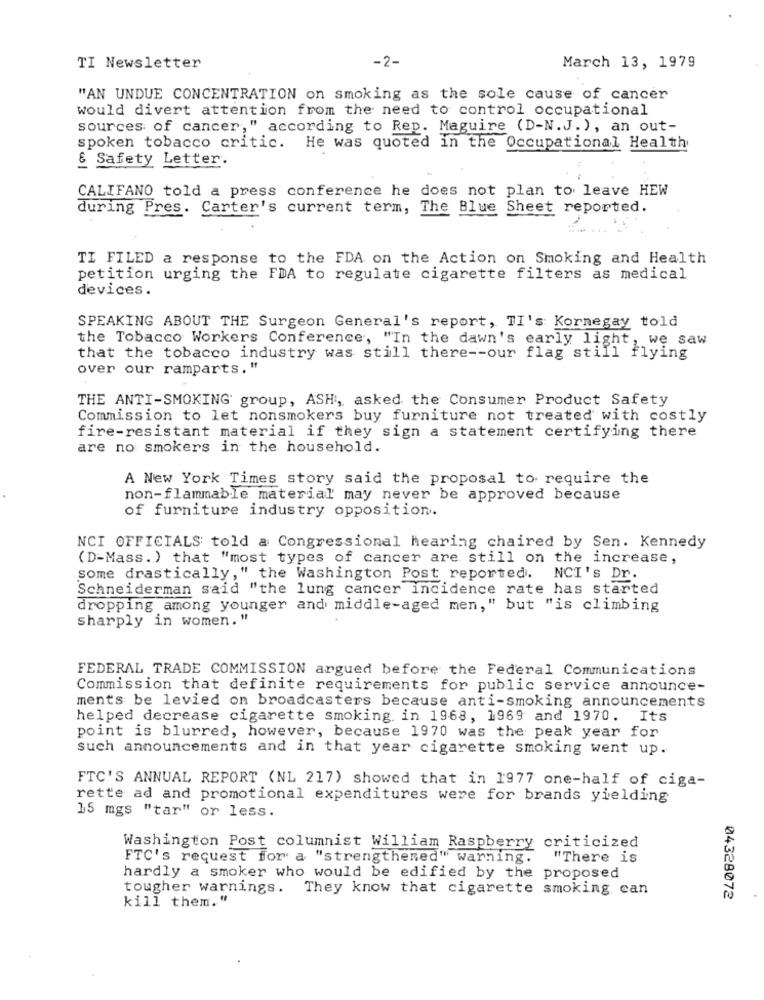
-2-
TI Newsletter
March 13, 1979
"AN UNDUE CONCENTRATION on smoking as the sole cause of cancer
would divert attention from the need to control occupational
sources of cancer," according to Rep. Maguire (D-N.J.), an out-
spoken tobacco critic. He was quoted in the Occupational Health
& Safety Letter.
CALIFANO told a press conference he does not plan to leave HEW
during Pres. Carter's current term, The Blue Sheet reported.
TI FILED a response to the FDA on the Action on Smoking and Health
petition urging the FDA to regulate cigarette filters as medical
devices.
SPEAKING ABOUT THE Surgeon General's report, TI's Kornegay told
the Tobacco Workers Conference, "In the dawn's early light, we saw
that the tobacco industry was still there -- our flag still flying
over our ramparts. "
THE ANTI-SMOKING group, ASH, asked the Consumer Product Safety
Commission to let nonsmokers buy furniture not treated with costly
fire-resistant material if they sign a statement certifying there
are no smokers in the household.
A New York Times story said the proposal to require the
non-flammable material may never be approved because
of furniture industry opposition.
NCI OFFICIALS told a Congressional hearing chaired by Sen. Kennedy
(D-Mass. ) that "most types of cancer are still on the increase,
some drastically,"
y, " the Washington Post reported. NCI's Dr.
Schneiderman said "the lung cancer incidence rate has started
dropping among younger and middle-aged men," but "is climbing
sharply in women. "
FEDERAL TRADE COMMISSION argued before the Federal Communications
Commission that definite requirements for public service announce-
ments be levied on broadcasters because anti-smoking announcements
helped decrease cigarette smoking. in 1968, 1969 and 1970. Its
point is blurred, however, because 1970 was the peak year for
such announcements and in that year cigarette smoking went up.
FTC'S ANNUAL REPORT (NL 217) showed that in 1977 one-half of ciga-
rette ad and promotional expenditures were for brands yielding
15 mgs "tar" or less.
Washington Post columnist William Raspberry criticized
FTC's request for a "strengthened" warning.
"There is
hardly a smoker who would be edified by the proposed
tougher warnings. They know that cigarette smoking can
kill them."
04328072